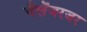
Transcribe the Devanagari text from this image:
चैलेंजरजर